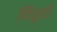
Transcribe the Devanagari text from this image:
निव्रुत्ती